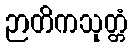
ဉာတိကသုတ္တံ